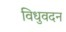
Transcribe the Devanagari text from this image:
विधुवदन